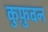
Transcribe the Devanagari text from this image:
कुफ़ुवन